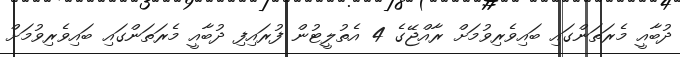
ދުބާއީ މެރަތަންގައި ބައިވެރިވުމަށް ރާއްޖޭގެ 4 އެތުލީޓުން ފުރައިފި ދުބާއީ މެރަތަންގައި ބައިވެރިވުމަށް